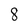
Character: 8